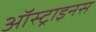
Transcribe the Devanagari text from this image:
ऑस्ट्राइनस